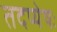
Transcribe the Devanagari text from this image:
तदप्येषः